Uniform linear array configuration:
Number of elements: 12
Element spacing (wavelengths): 0.75
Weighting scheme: hamming
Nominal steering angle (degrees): -15
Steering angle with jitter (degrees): -13.342
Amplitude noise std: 0.05
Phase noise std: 0.05

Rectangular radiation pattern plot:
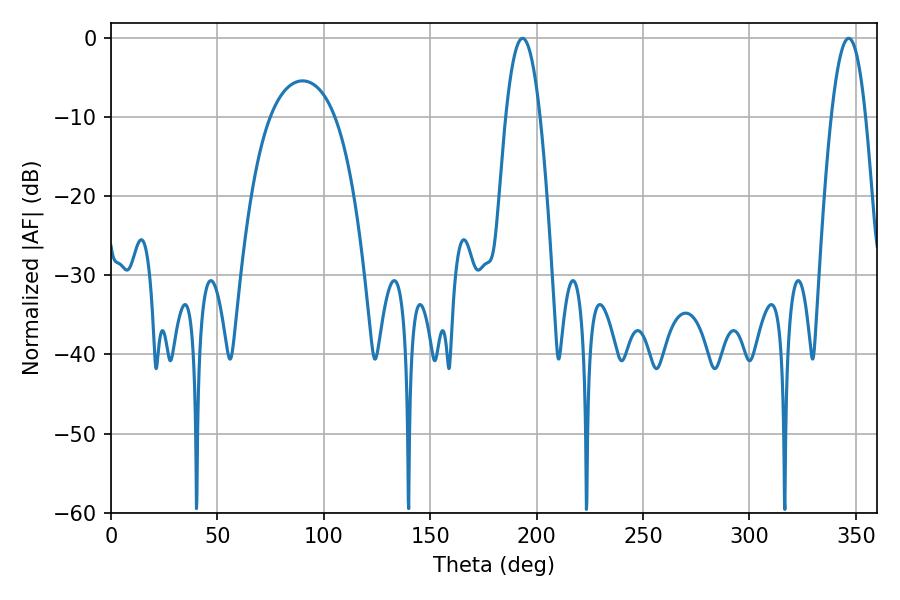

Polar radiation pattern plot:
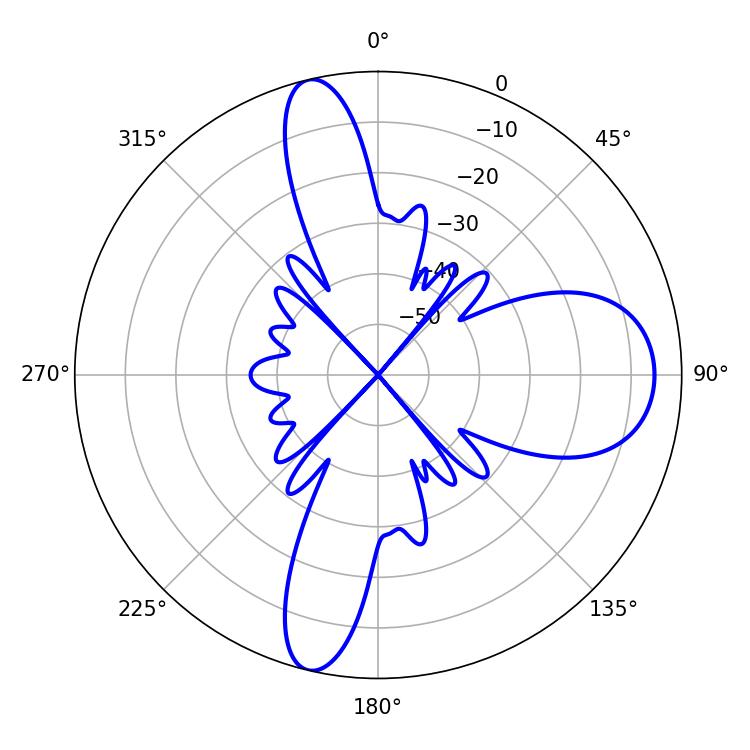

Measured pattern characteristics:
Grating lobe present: TRUE
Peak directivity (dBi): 15.922
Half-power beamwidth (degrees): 8.82
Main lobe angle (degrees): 193.32